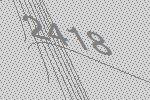
2418